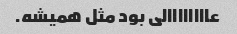
عاااااااالی بود مثل همیشه.